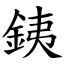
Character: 銕